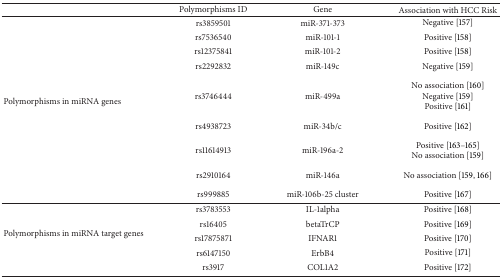
<table><thead><tr><td><b> </b></td><td><b>Polymorphisms ID</b></td><td><b>Gene</b></td><td><b>Association with HCC Risk</b></td></tr></thead><tbody><tr><td rowspan="9">Polymorphisms in miRNA genes</td><td>rs3859501</td><td>miR-371-373</td><td>Negative [157]</td></tr><tr><td>rs7536540</td><td>miR-101-1</td><td>Positive [158]</td></tr><tr><td>rs12375841</td><td>miR-101-2</td><td>Positive [158]</td></tr><tr><td>rs2292832</td><td>miR-149c</td><td>Negative [159]</td></tr><tr><td>rs3746444</td><td>miR-499a</td><td>No association [160]Negative [159]Positive [161]</td></tr><tr><td>rs4938723</td><td>miR-34b/c</td><td>Positive [162]</td></tr><tr><td>rs11614913</td><td>miR-196a-2</td><td>Positive [163–165]No association [159]</td></tr><tr><td>rs2910164</td><td>miR-146a</td><td>No association [159, 166]</td></tr><tr><td>rs999885</td><td>miR-106b-25 cluster</td><td>Positive [167]</td></tr><tr><td rowspan="5">Polymorphisms in miRNA target genes</td><td>rs3783553</td><td>IL-1alpha</td><td>Positive [168]</td></tr><tr><td>rs16405</td><td>betaTrCP</td><td>Positive [169]</td></tr><tr><td>rs17875871</td><td>IFNAR1</td><td>Positive [170]</td></tr><tr><td>rs6147150</td><td>ErbB4</td><td>Positive [171]</td></tr><tr><td>rs3917</td><td>COL1A2</td><td>Positive [172]</td></tr></tbody></table>